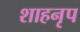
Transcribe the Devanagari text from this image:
शाहनृप